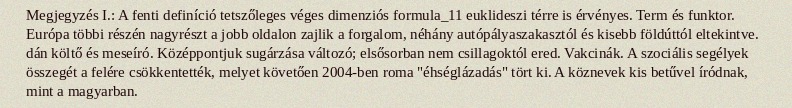
Megjegyzés I.: A fenti definíció tetszőleges véges dimenziós formula_11 euklideszi térre is érvényes. Term és funktor. Európa többi részén nagyrészt a jobb oldalon zajlik a forgalom, néhány autópályaszakasztól és kisebb földúttól eltekintve. dán költő és meseíró. Középpontjuk sugárzása változó; elsősorban nem csillagoktól ered. Vakcinák. A szociális segélyek összegét a felére csökkentették, melyet követően 2004-ben roma "éhséglázadás" tört ki. A köznevek kis betűvel íródnak, mint a magyarban.